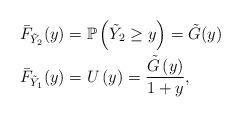
LaTeX: \begin{align*}\bar F_{\tilde Y_2}(y)&=\mathbb{P}\left(\tilde Y_2\geq y\right)=\tilde G(y) \\\bar F_{\tilde Y_1}(y)&=U\left(y\right)=\frac{\tilde G\left(y\right)}{1+y},\end{align*}